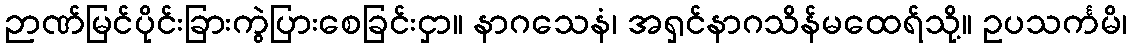
ဉာဏ်မြင်ပိုင်းခြားကွဲပြားစေခြင်းငှာ။ နာဂသေနံ၊ အရှင်နာဂသိန်မထေရ်သို့။ ဥပသင်္ကမိ၊